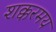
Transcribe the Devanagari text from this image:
शक्करमय